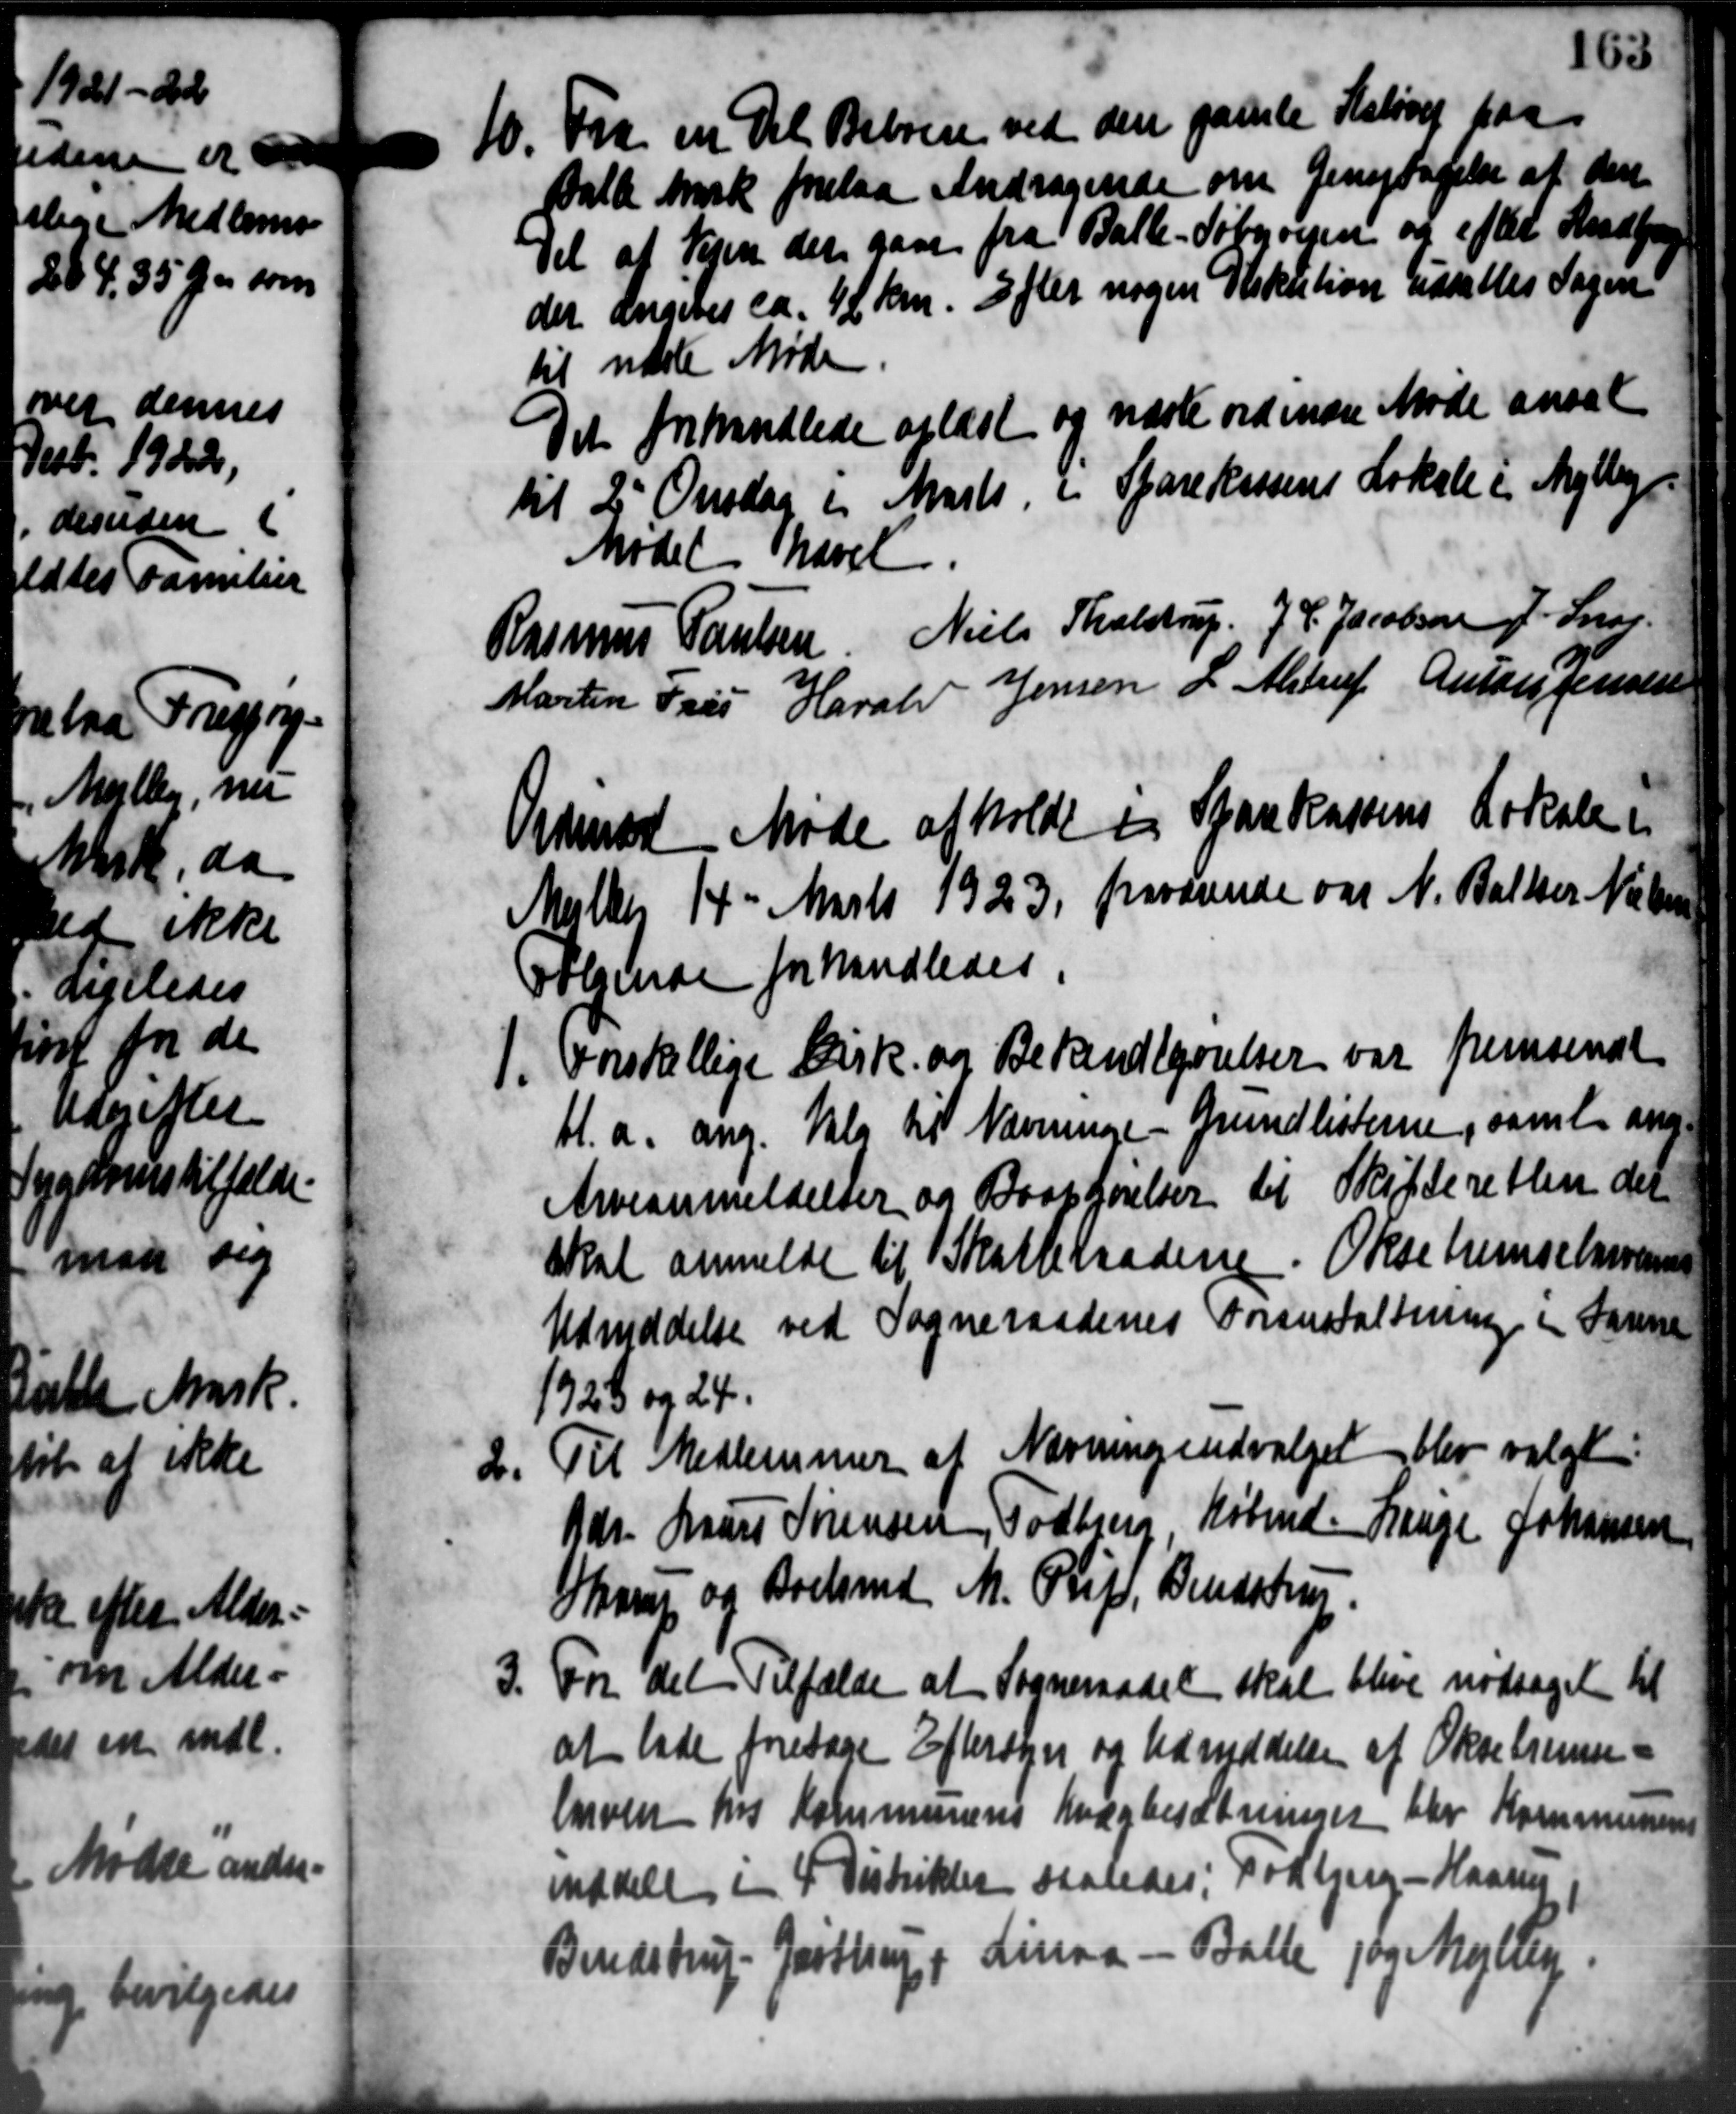
Transskription:
d

d

1

1

1

163
10. Fra en Del Beboere ved den gamle Halsvej paa
Balle Mark forelaa Andragende om Gentagelse af den
Del af Vejen der gave fra Balle-Søbyvejen og efter Sad
der angives ca. 42 km. Efter nogen Diskution udsalles Sagen
til næste Møde.
Det forhandlede oplæst og næste ordinære Møde ansat
til 2' Onsdag i Marts i Sparekassens Lokale i Mejlby
Mødet hævet.
Rasmus Poulsen Niels Tholstrup, J. P. Jacobsen J. Svar.
Martin Fras Harald Jensen L. Alstrup Anton Jensen
Aamodt Møde afholdt i Sparekassens Lokale
Multer 14 - Marts 1923 fraværende og N. Balter Nielsen
Følgende forhandledes
1. Forskellige Cirk. og Bekendtgørelser var fremsendt
bl.a. ang. Valg til Nævninge - Grundlisterne, samt ang.
Arveanmeldelser og Bortførelser til Skifteretten det
skal anmelde til Skatteraadene. Oksebremselavernes
Udmiddelse ved Sogneraadenes Foranstaltning i Sanne
1928 og 24.
Til Medlemmer af Nævningsudvalget blev valgt
Gdr. Laurs Sørensen, Todbjerg, Købmd. Lauge Johansen
Skrup og Boelsmd M. Pligt, Bendstrup.
For det Tilfælde at Sogneraadet skal blive nødsaget til
at lade foretage Eftersyn og Udmeddelse af Oksebremse
larven hos Kommunens Kvægbesætninger blev Kommunens
meddele i 4 Distrikter saaledes: Todbjerg - Hansen
Bendstrup Jasttrup, Linaa - Balle og Mejlby